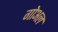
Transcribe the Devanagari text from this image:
गोअल